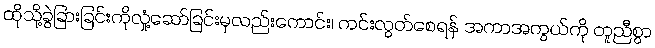
ထိုသို့ခွဲခြားခြင်းကိုလှုံ့ဆော်ခြင်းမှလည်းကောင်း၊ ကင်းလွတ်စေရန် အကာအကွယ်ကို တူညီစွာ